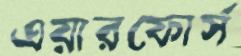
এয়ারফোর্স